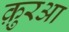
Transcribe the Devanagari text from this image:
क़ु़रआ